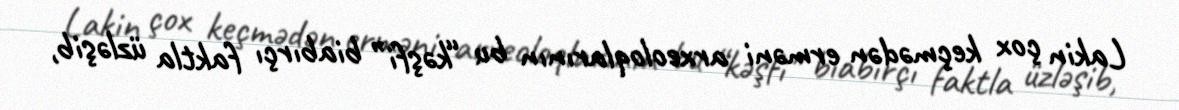
Lakin çox keçmədən erməni arxeoloqlarının bu “kəşfi” biabırçı faktla üzləşib,